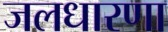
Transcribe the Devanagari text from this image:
जलधारणा